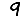
Digit: 9